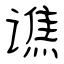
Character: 谯